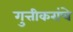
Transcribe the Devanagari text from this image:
गुत्तीकरांचे